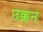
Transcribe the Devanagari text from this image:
छक्कन